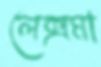
লেক্সমা